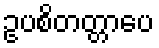
ဥပစိတတ္တာပေ